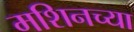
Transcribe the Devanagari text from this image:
मशिनच्या